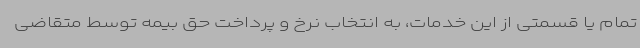
تمام یا قسمتی از این خدمات، به انتخاب نرخ و پرداخت حق بیمه توسط متقاضی